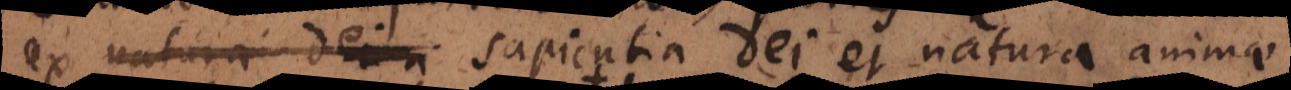
ex natura Dei sapientia Dei et natura animae